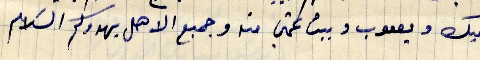
وخيك وعقوب وبيت عمتي منه وجميع الاهل يهدوكم السلام